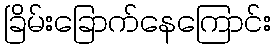
ခြိမ်းခြောက်နေကြောင်း